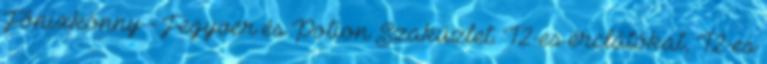
Főnixkönny - Fegyver és Potion Szaküzlet. T2-es érclátókat, T2-es